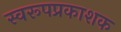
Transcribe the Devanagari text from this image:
स्वरूपप्रकाशक